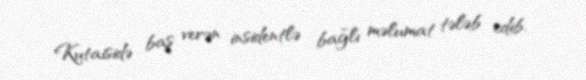
Kutaisidə baş verən insidentlə bağlı məlumat tələb edib.